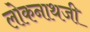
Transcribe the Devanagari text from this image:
लोकनाथजी